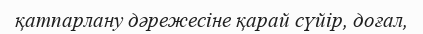
қатпарлану дәрежесіне қарай сүйір, доғал,